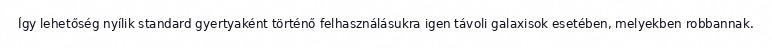
Így lehetőség nyílik standard gyertyaként történő felhasználásukra igen távoli galaxisok esetében, melyekben robbannak.